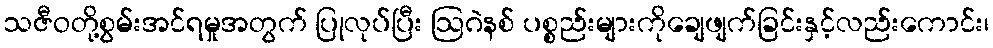
သဇီဝတို့စွမ်းအင်ရမှုအတွက် ပြုလုပ်ပြီး ဩဂဲနစ် ပစ္စည်းများကိုချေဖျက်ခြင်းနှင့်လည်းကောင်း၊